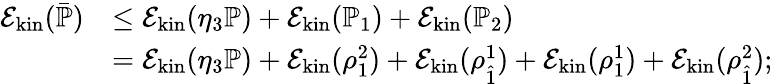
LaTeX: \begin{array}{rl}{\mathcal E_{\mathrm{kin}}(\bar{\mathbb{P}})}&{\leq\mathcal E_{\mathrm{kin}}(\eta_{3}\mathbb{P})+\mathcal E_{\mathrm{kin}}(\mathbb{P}_{1})+\mathcal E_{\mathrm{kin}}(\mathbb{P}_{2})}\\ &{=\mathcal E_{\mathrm{kin}}(\eta_{3}\mathbb{P})+\mathcal E_{\mathrm{kin}}(\rho_{1}^{2})+\mathcal E_{\mathrm{kin}}(\rho_{\hat{1}}^{1})+\mathcal E_{\mathrm{kin}}(\rho_{1}^{1})+\mathcal E_{\mathrm{kin}}(\rho_{\hat{1}}^{2});}\end{array}